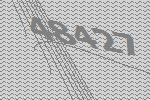
48427